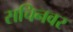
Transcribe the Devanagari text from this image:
सचिनवर